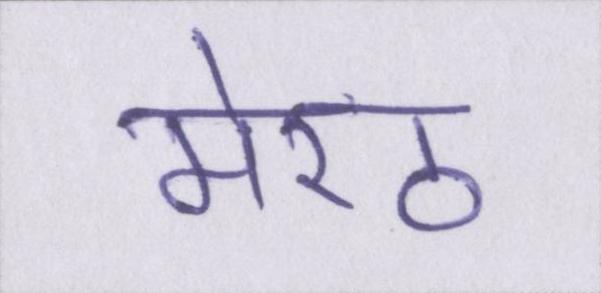
मेरठ